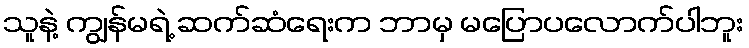
သူနဲ့ ကျွန်မရဲ့ ဆက်ဆံရေးက ဘာမှ မပြောပလောက်ပါဘူး